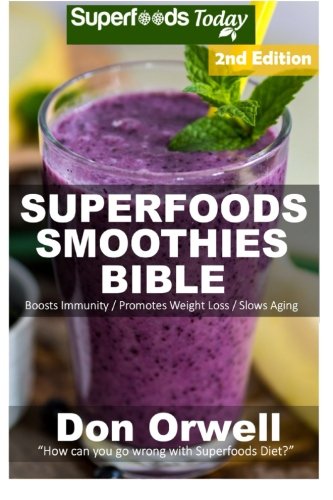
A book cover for Superfoods Smoothies Bible: Over 160 Blender Recipes, Whole Foods Diet, Heart Healthy Diet, Natural Foods, Blender Recipes, detox cleanse juice, ... loss - detox smoothie recipes) (Volume 60); Don Orwell; Cookbooks, Food & Wine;